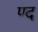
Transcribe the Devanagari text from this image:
ण्द